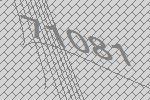
71081